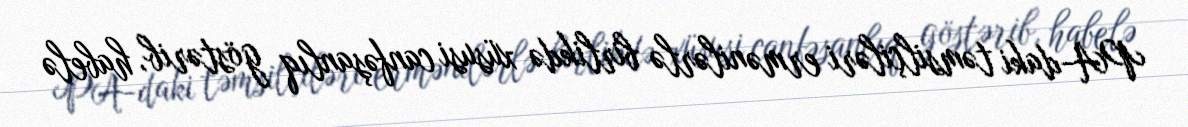
PA-daki təmsilçiləri ermənilərlə birlikdə xüsusi canfəşanlıq göstərib, habelə